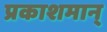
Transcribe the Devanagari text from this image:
प्रकाशमान्